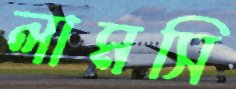
লামসি